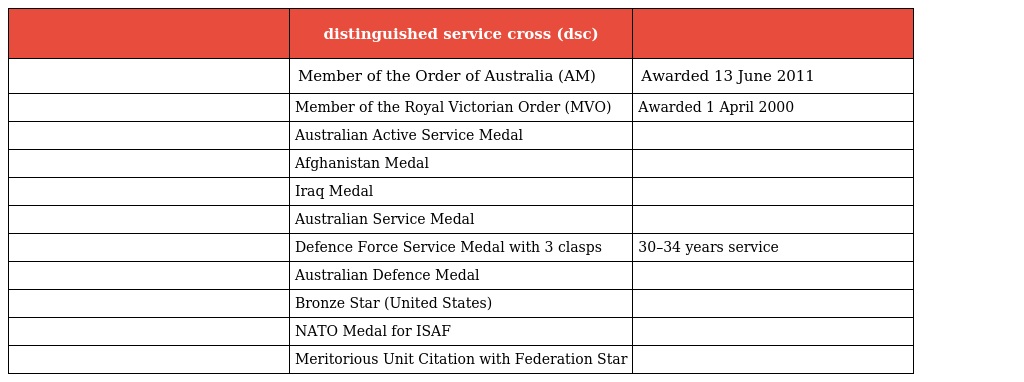
|  | distinguished service cross (dsc) |  |
 | --- | --- | --- |
 |  | Member of the Order of Australia (AM) | Awarded 13 June 2011 |
 |  | Member of the Royal Victorian Order (MVO) | Awarded 1 April 2000 |
 |  | Australian Active Service Medal |  |
 |  | Afghanistan Medal |  |
 |  | Iraq Medal |  |
 |  | Australian Service Medal |  |
 |  | Defence Force Service Medal with 3 clasps | 30–34 years service |
 |  | Australian Defence Medal |  |
 |  | Bronze Star (United States) |  |
 |  | NATO Medal for ISAF |  |
 |  | Meritorious Unit Citation with Federation Star |  |